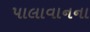
પાલાવાનના